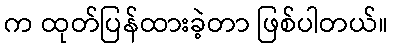
က ထုတ်ပြန်ထားခဲ့တာ ဖြစ်ပါတယ်။